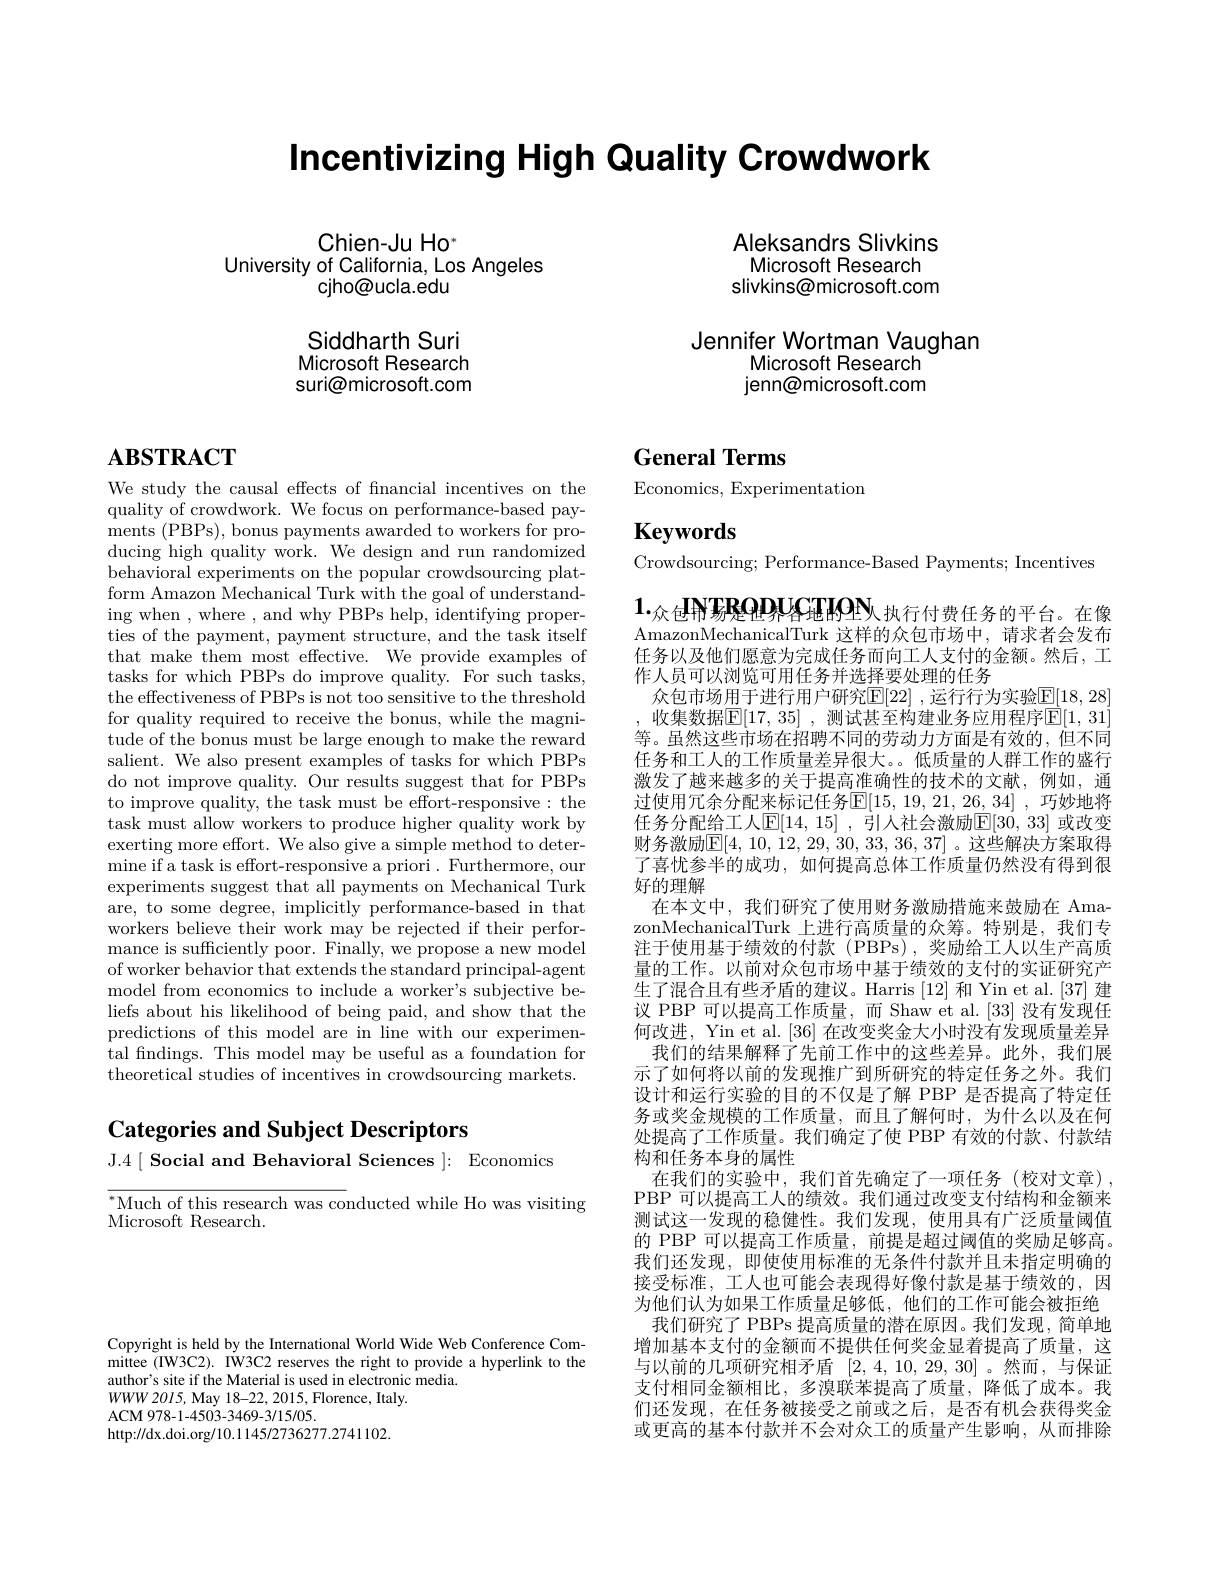
Incentivizing High Quality Crowdwork

Chien-Ju Ho"
University of California, Los Angeles
cjho@ucla.edu

Siddharth Suri Microsoft Research suri@microsoft.com

Aleksandrs Slivkins Microsoft Research slivkins@microsoft.com

Jennifer Wortman Vaughan
Microsoft Research jenn@microsoft.com

# $\mathbf{ABSTRACT}$

We study the causal effects of fnancial incentives on the quality of crowdwork. We focus on performance-based payments (PBPs), bonus payments awarded to workers for producing high quality work. We design and run randomized behavioral experiments on the popular crowdsourcing platform Amazon Mechanical Turk with the goal of understanding when , where , and why PBPs help, identifying properties of the payment, payment structure, and the task itself that make them most effective. We provide examples of tasks for which PBPs do improve quality. For such tasks, the effectiveness of PBPs is not too sensitive to the threshold for quality required to receive the bonus, while the magnitude of the bonus must be large enough to make the reward salient. We also present examples of tasks for which PBPs do not improve quality. Our results suggest that for PBPs to improve quality, the task must be effort-responsive: the task must allow workers to produce higher quality work by exerting more effort. We also give a simple method to determine if a task is effort-responsive a priori. Furthermore, our experiments suggest that all payments on Mechanical Turk are, to some degree, implicitly performance-based in that workers believe their work may be rejected if their performance is sufficiently poor. Finally, we propose a new model of worker behavior that extends the standard principal-agent model from economics to include a worker's subjective beliefs about his likelihood of being paid, and show that the predictions of this model are in line with our experimental fndings. This model may be useful as a foundation for theoretical studies of incentives in crowdsourcing markets.

## Categories and Subject Descriptors J.4$[ \textbf{Social and Behavioral Sciences}] :$ Economics

$^{*}$Much of this research was conducted while Ho was visiting
Microsoft Research.

# General Terms

Economics, Experimentation

$\mathbf{Keywords}$

Crowdsourcing; Performance-Based Payments; Incentives

$1._\text{众包}{\mathbf{N}\text{场ROPACEION}}_{\text{执行付费任务的平台。在像}}$ AmazonMechanicalTurk 这样的众包市场中，请求者会发布任务以及他们愿意为完成任务而向工人支付的金额。然后，工作人员可以浏览可用任务并选择要处理的任务
众包市场用于进行用户研究$\overline{\mathrm{E}}[22]$ ,运行行为实验$\overline{\mathrm{E}}[18,28]$ 收集数据$\mathbb{E}[17,35]$ ,测试甚至构建业务应用程序$\overline{\mathbb{E}}[1,31]$ 等。虽然这些市场在招聘不同的劳动力方面是有效的，但不同任务和工人的工作质量差异很大。。低质量的人群工作的盛行激发了越来越多的关于提高准确性的技术的文献，例如，通过使用冗余分配来标记任务$\mathbb{E}[15,19,21,26,34]$, 巧妙地将任务分配给工人$\mathbb{E}[14,15]$ ,引人社会激励$\mathbb{E}[30,33]$ 或改变财务激励$\mathbb{E}[4,10,12,29,30,33,36,37]$。这些解决方案取得了喜忧参半的成功，如何提高总体工作质量仍然没有得到很好的理解
在本文中，我们研究了使用财务激励措施来鼓励在 AmazonMechanicalTurk 上进行高质量的众筹。特别是，我们专注于使用基于绩效的付款(PBPs),奖励给工人以生产高质量的工作。以前对众包市场中基于绩效的支付的实证研究产生了混合且有些矛盾的建议。Harris [12]和 Yin et al.[37] 建议 PBP 可以提高工作质量，而 Shaw et al.[33] 没有发现任何改进，Yin et al. [36] 在改变奖金大小时没有发现质量差异我们的结果解释了先前工作中的这些差异。此外，我们展示了如何将以前的发现推广到所研究的特定任务之外。我们设计和运行实验的目的不仅是了解 PBP 是否提高了特定任务或奖金规模的工作质量，而且了解何时，为什么以及在何处提高了工作质量。我们确定了使 PBP 有效的付款、付款结构和任务本身的属性
在我们的实验中，我们首先确定了一项任务(校对文章), PBP 可以提高工人的绩效。我们通过改变支付结构和金额来测试这一发现的稳健性。我们发现，使用具有广泛质量阈值的 PBP 可以提高工作质量，前提是超过阈值的奖励足够高。我们还发现，即使使用标准的无条件付款并且未指定明确的接受标准，工人也可能会表现得好像付款是基于绩效的，因为他们认为如果工作质量足够低，他们的工作可能会被拒绝我们研究了 PBPs 提高质量的潜在原因。我们发现，简单地增加基本支付的金额而不提供任何奖金显着提高了质量，这与以前的几项研究相矛盾[2,4,10,29,30] 。然而，与保证支付相同金额相比，多溴联苯提高了质量，降低了成本。我们还发现，在任务被接受之前或之后，是否有机会获得奖金或更高的基本付款并不会对众工的质量产生影响，从而排除

Copyright is held by the International World Wide Web Conference Committee (IW3C2). IW3C2 reserves the right to provide a hyperlink to the author's site if the Material is used in electronic media.
$WWW2015$, May 18-22, 2015, Florence, Italy.
ACM 978- 1- 4503- 3469- 3/ 15/ 05.
http://dx.doi.org/10.1145/2736277.2741102.